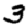
Digit: 3